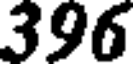
396